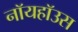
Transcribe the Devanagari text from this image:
नॉयहॉउस